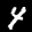
Label: 4